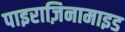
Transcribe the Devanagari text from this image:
पाइराज़िनामाइड